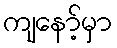
ကျနော့်မှာ